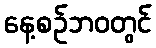
နေ့စဉ်ဘဝတွင်